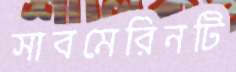
সাবমেরিনটি